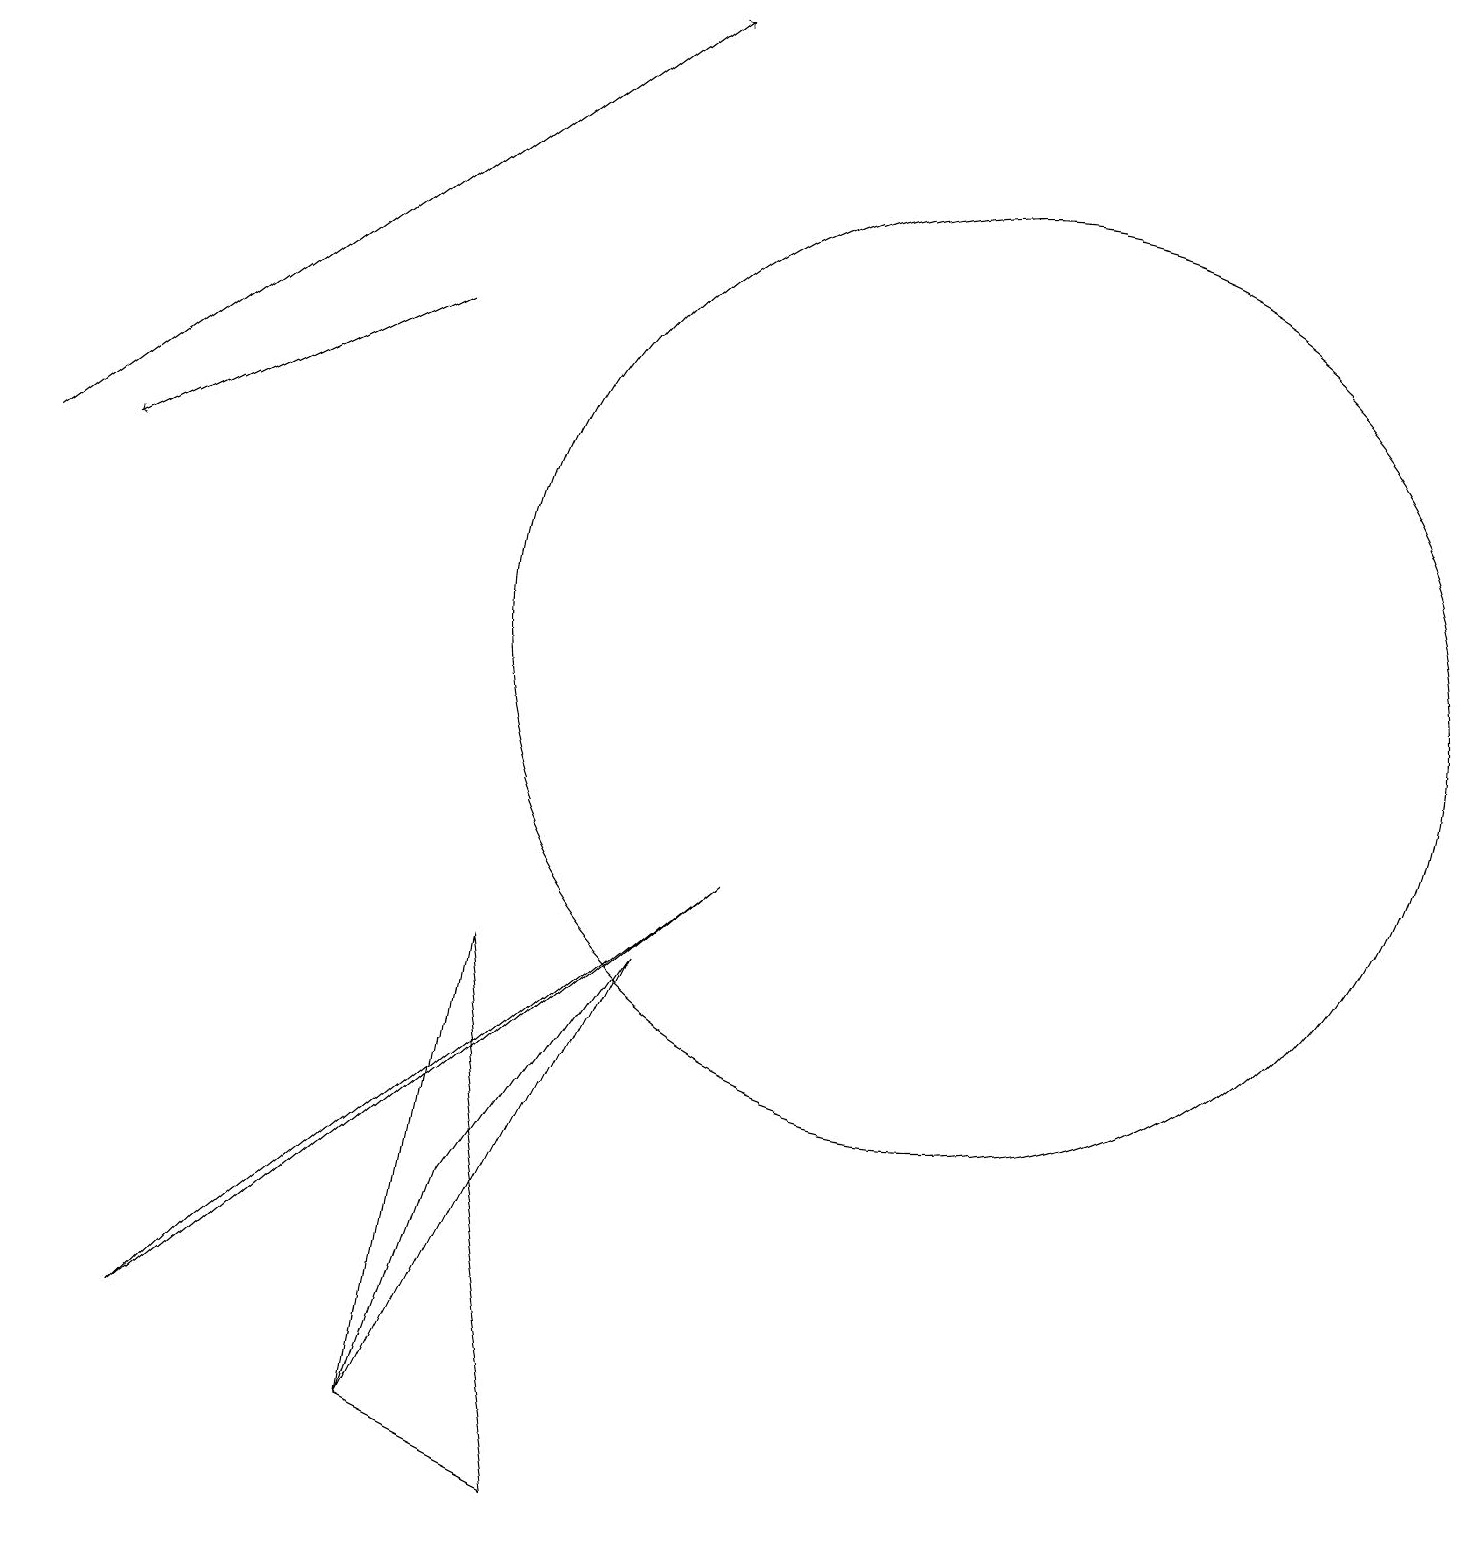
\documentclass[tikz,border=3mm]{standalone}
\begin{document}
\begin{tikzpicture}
\draw[->] (0,13) -- (8,19);
\draw[->] (5,15) -- (1,13);
\draw (3,3) -- (9,8) -- (2,2) -- cycle;
\draw (6,7) -- (5,1) -- (7,0) -- cycle;
\draw (12,11) circle (6);
\draw (5,1) -- (8,7) -- (6,4) -- cycle;
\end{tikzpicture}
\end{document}